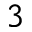
\mathfrak { 3 }